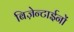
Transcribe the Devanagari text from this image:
बिज़ेन्टाईनों